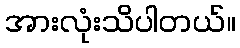
အားလုံးသိပါတယ်။